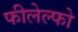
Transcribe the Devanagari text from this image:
फीलेल्फो